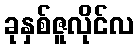
ခုနှစ်ဇူလိုင်လ